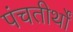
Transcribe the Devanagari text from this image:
पंचतीर्थों